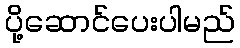
ပို့ဆောင်ပေးပါမည်